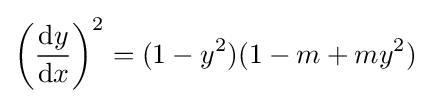
\left({\frac {\mathrm {d} y}{\mathrm {d} x}}\right)^{2}=(1-y^{2})(1-m+my^{2})